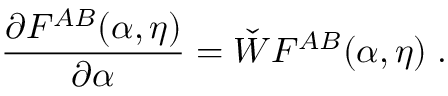
\frac { \partial F ^ { A B } ( \alpha , \eta ) } { \partial \alpha } = \check { W } F ^ { A B } ( \alpha , \eta ) \; .